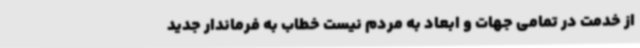
از خدمت در تمامی جهات و ابعاد به مردم نیست خطاب به فرماندار جدید